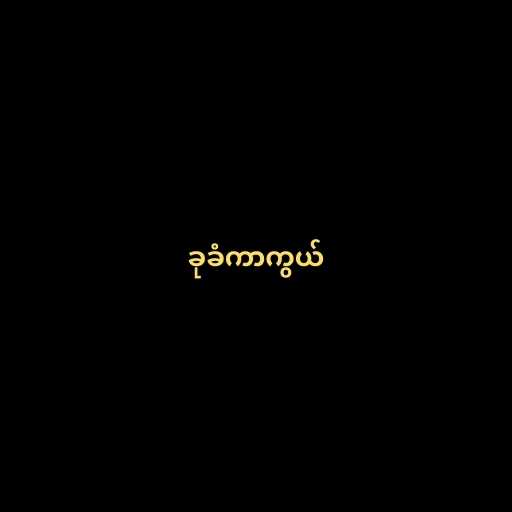
ခုခံကာကွယ်